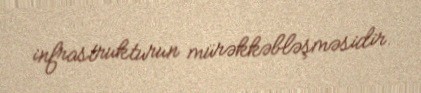
infrastrukturun mürəkkəbləşməsidir.